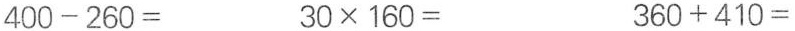
400-260= 30 \times 160= 360+410=